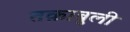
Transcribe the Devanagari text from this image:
तक़ाबुली